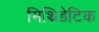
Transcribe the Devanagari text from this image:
मिथ्रिडेटिक